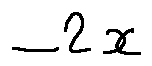
- 2 x